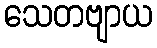
သေတဗျာယ